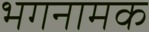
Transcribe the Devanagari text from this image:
भगनामक